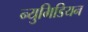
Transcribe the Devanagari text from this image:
न्युमिडियन